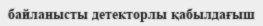
байланысты детекторлы қабылдағыш